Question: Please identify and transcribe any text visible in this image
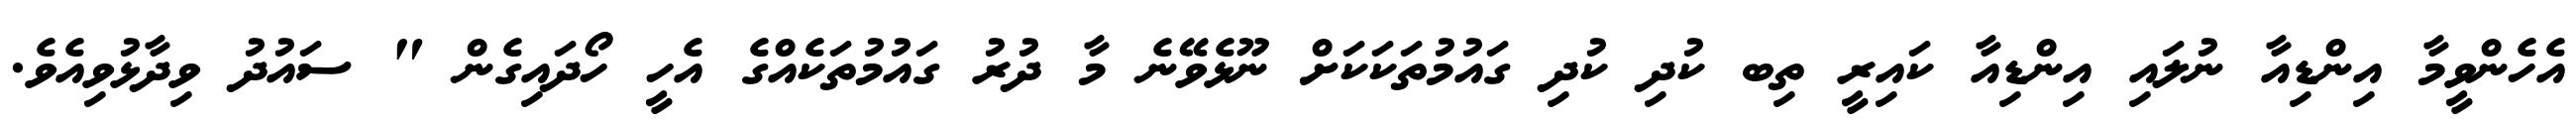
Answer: އެހެންވީމާ އިންޑިއާ ނުލައި އިންޑިއާ ކައިރީ ތިބ ކުދި ކުދި ގައުމުތަކަކަށް ނޫޅެވޭނެ މާ ދުރު ގައުމުތަކެއްގެ އެހީ ހޯދައިގެން " ސައުދު ވިދާޅުވިއެވެ.